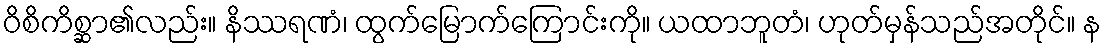
ဝိစိကိစ္ဆာ၏လည်း။ နိဿရဏံ၊ ထွက်မြောက်ကြောင်းကို။ ယထာဘူတံ၊ ဟုတ်မှန်သည်အတိုင်။ န